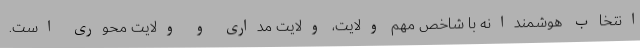
انتخاب هوشمندانه با شاخص مهم ولایت، ولایت مداری و ولایت محوری است.